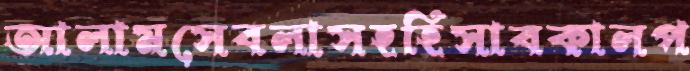
আলামসেবলাসহহিসাবকালপ